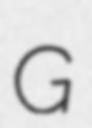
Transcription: G